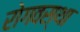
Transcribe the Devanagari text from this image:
रोगवस्था